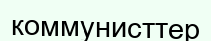
коммунисттер